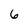
Character: 6